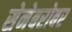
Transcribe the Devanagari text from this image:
सेनेबरोबर